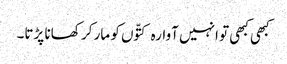
کبھی کبھی تو انہیں آوارہ کتّوں کو مار کر کھانا پڑتا۔